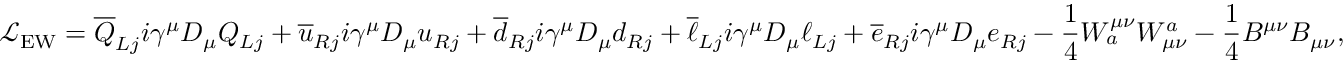
{ \mathcal { L } } _ { \mathrm { E W } } = { \overline { { Q } } } _ { L j } i \gamma ^ { \mu } D _ { \mu } Q _ { L j } + { \overline { { u } } } _ { R j } i \gamma ^ { \mu } D _ { \mu } u _ { R j } + { \overline { { d } } } _ { R j } i \gamma ^ { \mu } D _ { \mu } d _ { R j } + { \overline { { \ell } } } _ { L j } i \gamma ^ { \mu } D _ { \mu } \ell _ { L j } + { \overline { { e } } } _ { R j } i \gamma ^ { \mu } D _ { \mu } e _ { R j } - { \frac { 1 } { 4 } } W _ { a } ^ { \mu \nu } W _ { \mu \nu } ^ { a } - { \frac { 1 } { 4 } } B ^ { \mu \nu } B _ { \mu \nu } ,